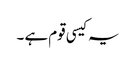
یہ کیسی قوم ہے ۔